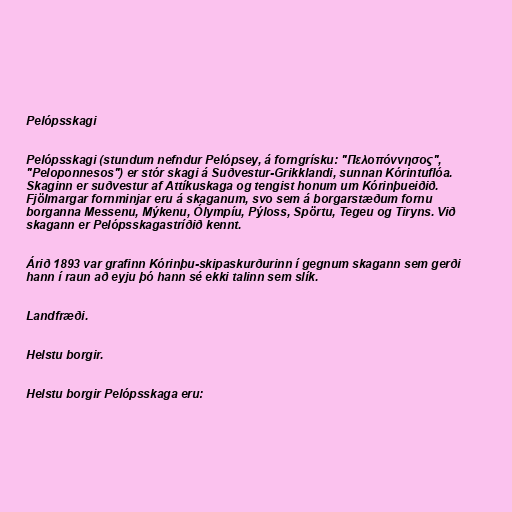
Pelópsskagi

Pelópsskagi (stundum nefndur Pelópsey, á forngrísku: "Πελοπόννησος",
"Peloponnesos") er stór skagi á Suðvestur-Grikklandi, sunnan Kórintuflóa.
Skaginn er suðvestur af Attíkuskaga og tengist honum um Kórinþueiðið.
Fjölmargar fornminjar eru á skaganum, svo sem á borgarstæðum fornu
borganna Messenu, Mýkenu, Ólympíu, Pýloss, Spörtu, Tegeu og Tiryns. Við
skagann er Pelópsskagastríðið kennt.

Árið 1893 var grafinn Kórinþu-skipaskurðurinn í gegnum skagann sem gerði
hann í raun að eyju þó hann sé ekki talinn sem slík.

Landfræði.

Helstu borgir.

Helstu borgir Pelópsskaga eru: